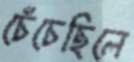
চেঁচেছিলে